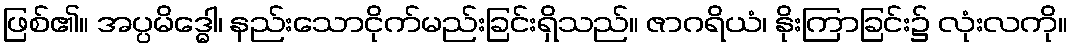
ဖြစ်၏။ အပ္ပမိဒ္ဓေါ၊ နည်းသောငိုက်မည်းခြင်းရှိသည်။ ဇာဂရိယံ၊ နိုးကြာခြင်း၌ လုံးလကို။